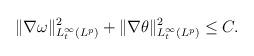
LaTeX: \begin{align*}\|\nabla\omega\|_{L^\infty_t(L^p)}^2+\|\nabla\theta\|_{L^\infty_t(L^p)}^2\leq C.\end{align*}